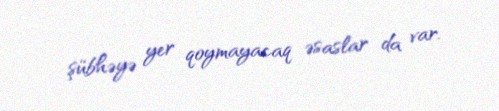
şübhəyə yer qoymayacaq əsaslar da var.